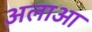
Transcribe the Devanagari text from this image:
अलाआ